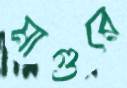
মাগুরে